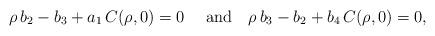
LaTeX: \begin{align*}\rho\,b_2-b_3+a_1\,C(\rho,0)=0 \ \ \ \ {\rm and} \ \ \ \rho\,b_3-b_2+b_4\,C(\rho,0)=0,\end{align*}